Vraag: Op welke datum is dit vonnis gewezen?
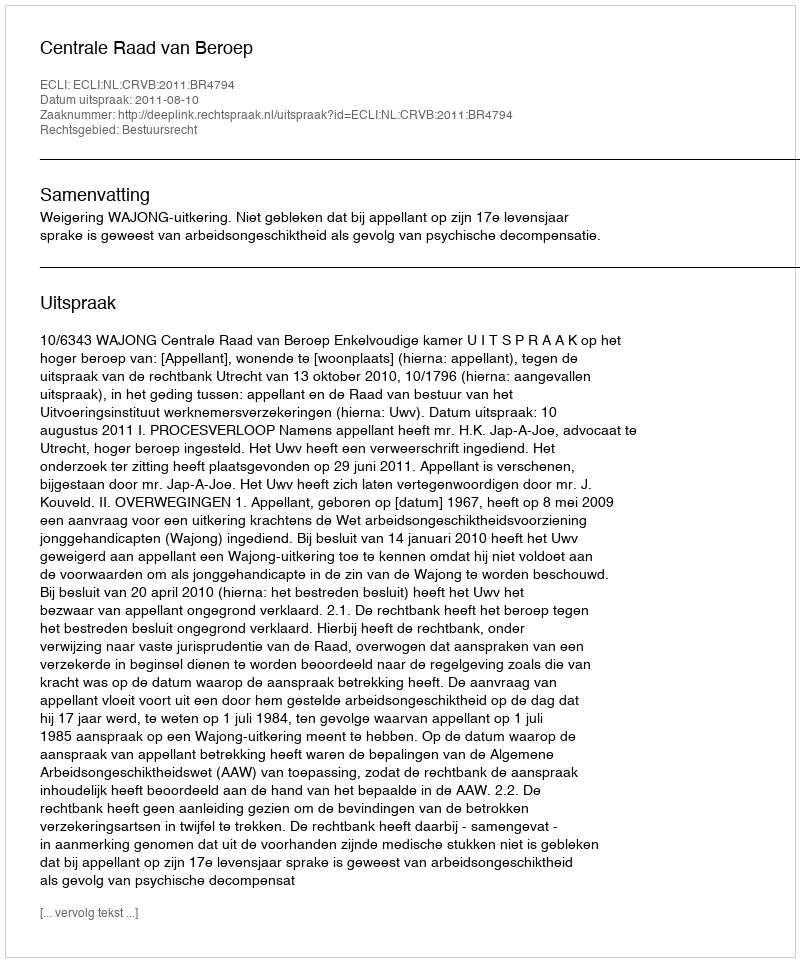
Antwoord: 2011-08-10